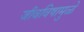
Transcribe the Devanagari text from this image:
जीवविषामुळे